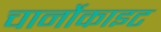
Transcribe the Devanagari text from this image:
चार्नोकाइट